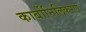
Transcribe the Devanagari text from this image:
कार्बोनिलिकरण